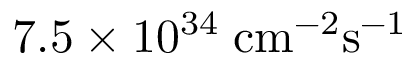
7 . 5 \times 1 0 ^ { 3 4 } \; \mathrm { c m } ^ { - 2 } \mathrm { s } ^ { - 1 }